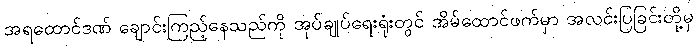
အရထောင်ဒဏ် ချောင်းကြည့်နေသည်ကို အုပ်ချုပ်ရေးရုံးတွင် အိမ်ထောင်ဖက်မှာ အလင်းပြခြင်းတို့မှ